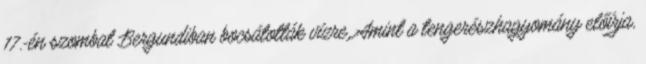
17.-én szombat Bergundiban bocsátották vízre. Amint a tengerészhagyomány előírja,